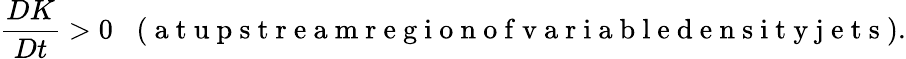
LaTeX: \frac{DK}{Dt}>0\; \; \; (\mathrm{~a~t~u~p~s~t~r~e~a~m~r~e~g~i~o~n~o~f~v~a~r~i~a~b~l~e~d~e~n~s~i~t~y~j~e~t~s~}).